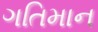
ગતિમાન